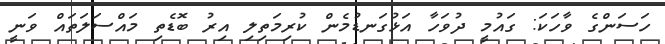
ހަސަންގެ ވާހަކަ: ގައުމީ ދުވަހާ އަޅުގަނޑުމެން ކުރިމަތިލި އިރު ބޮޑެތި މައްސަލަތައް ވަނީ